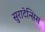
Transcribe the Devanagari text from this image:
सुराटेन्सिस